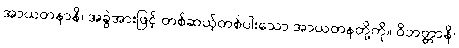
အာယတနာနိ၊ အခွဲအားဖြင့် တစ်ဆယ့်တစ်ပါးသော အာယတနတို့ကို။ ဝိဘတ္တာနိ၊